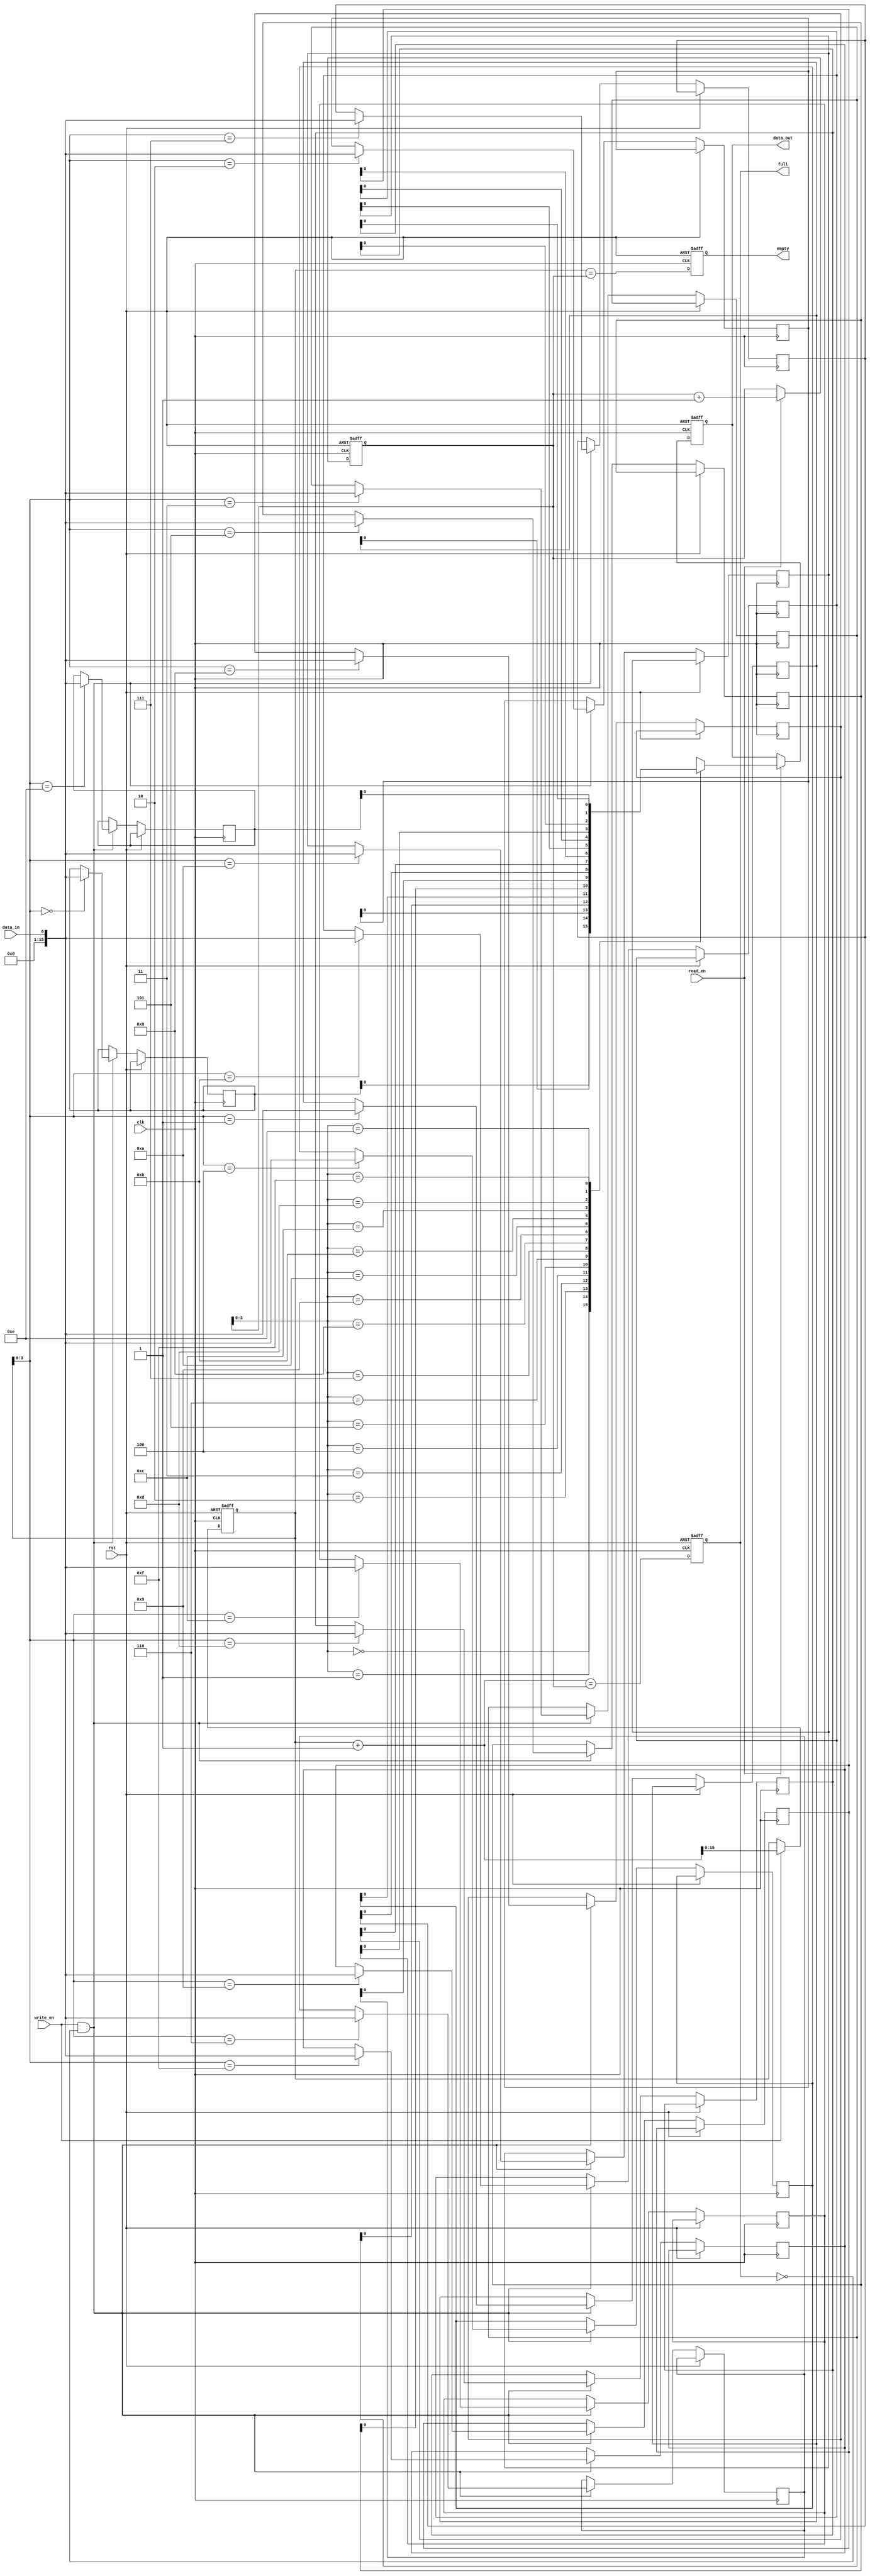
module synchronous_fifo (
  input wire clk,       // Clock signal
  input wire rst,       // Reset signal
  input wire write_en,  // Write enable signal
  input wire read_en,   // Read enable signal
  input wire data_in,   // Data input
  output reg data_out,  // Data output
  output reg full,      // Full flag output
  output reg empty      // Empty flag output
);

// Parameters
parameter DEPTH = 16;   // Depth of FIFO

// Registers
reg [DEPTH-1:0] memory [0:DEPTH-1]; // Memory array
reg [DEPTH-1:0] write_ptr;           // Write pointer
reg [DEPTH-1:0] read_ptr;            // Read pointer

// Logic for write pointer and read pointer
always @(posedge clk or posedge rst) begin
  if (rst) begin
    write_ptr <= 0;
    read_ptr <= 0;
  end else begin
    if (write_en) begin
      write_ptr <= write_ptr + 1;
    end
    if (read_en) begin
      read_ptr <= read_ptr + 1;
    end
  end
end

// Control logic
always @(posedge clk or posedge rst) begin
  if (rst) begin
    full <= 0;
    empty <= 1;
    data_out <= 0;
  end else begin
    full <= (write_ptr + 1 == read_ptr);
    empty <= (write_ptr == read_ptr);
    
    if (read_en) begin
      data_out <= memory[read_ptr];
    end
    
    if (write_en && !full) begin
      memory[write_ptr] <= data_in;
    end
  end
end

endmodule